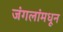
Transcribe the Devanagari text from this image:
जंगलांमधून